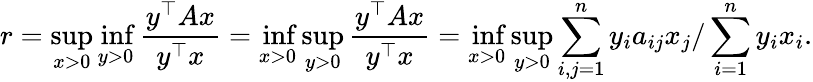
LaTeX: r=\operatorname*{sup}_{x>0}\operatorname*{inf}_{y>0}{\frac{y^{\top}Ax}{y^{\top}x}}=\operatorname*{inf}_{x>0}\operatorname*{sup}_{y>0}{\frac{y^{\top}Ax}{y^{\top}x}}=\operatorname*{inf}_{x>0}\operatorname*{sup}_{y>0}\sum_{i,j=1}^{n}y_{i}a_{ij}x_{j}/\sum_{i=1}^{n}y_{i}x_{i}.